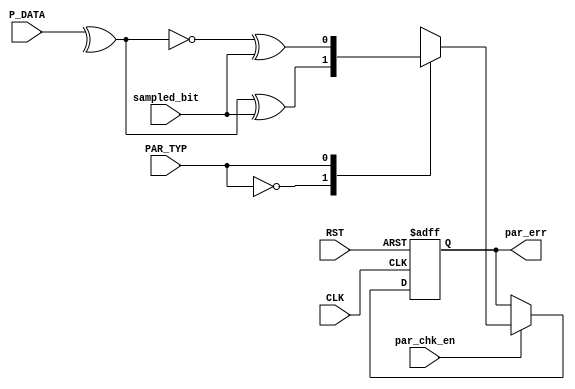
`timescale 1ns / 1ps
//////////////////////////////////////////////////////////////////////////////////
// Company: 
// Engineer: 
// 
// Design Name: 
// Module Name: PARITY_CHECK (UART-RX)
// Project Name: LowPowerMultiClockDigtialCommuSys
// Target Devices: 
// Tool Versions: 
// Description: 
// 
// Dependencies: 
// 
// Revision:
// Revision 0.01 - File Created
// Additional Comments:
// 
//////////////////////////////////////////////////////////////////////////////////
module PARITY_CHECK #(
    parameter DATA_WIDTH = 8           
    ) (
    input   wire                            CLK,
    input   wire                            RST,
    input   wire    [DATA_WIDTH-1 : 0]      P_DATA,
    input   wire                            sampled_bit,
    input   wire                            par_chk_en,
    input   wire                            PAR_TYP,
    output  reg                             par_err
    );

    wire                                    xor_data;


    assign xor_data = ^P_DATA;


    always @(posedge CLK, negedge RST)
    begin
        if(~RST) begin
            par_err <= 1'b0;
        end
        else if(par_chk_en) begin
            case(PAR_TYP)
                1'b0: par_err <= xor_data ^ sampled_bit;
                1'b1: par_err <= ~xor_data ^ sampled_bit;
            endcase
        end
        else
            par_err <= par_err;
    end



endmodule